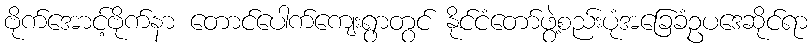
ဗိုက်အောင့်ဗိုက်နာ တောင်ပေါက်ကျေးရွာတွင် နိုင်ငံတော်ဖွဲ့စည်းပုံအခြေခံဥပဒေဆိုင်ရာ